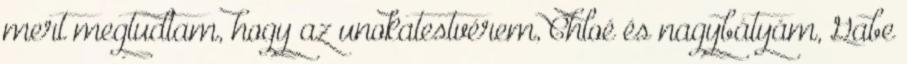
mert megtudtam, hogy az unokatestvérem, Chloé és nagybátyám, Gabe